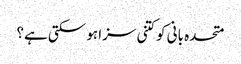
متحدہ بانی کوکتنی سزا ہو سکتی ہے؟